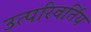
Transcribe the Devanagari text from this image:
उत्परिवर्तिय